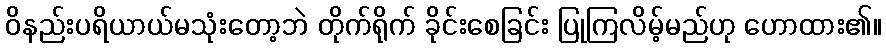
ဝိနည်းပရိယာယ်မသုံးတော့ဘဲ တိုက်ရိုက် ခိုင်းစေခြင်း ပြုကြလိမ့်မည်ဟု ဟောထား၏။